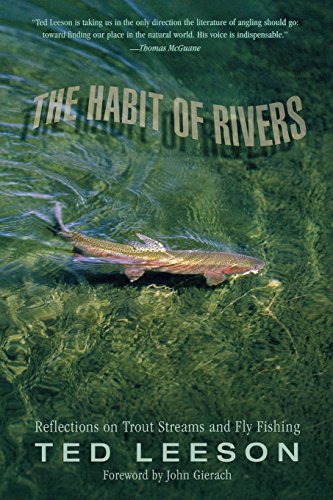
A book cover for Habit of Rivers: Reflections On Trout Streams And Fly Fishing; Ted Leeson; Sports & Outdoors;